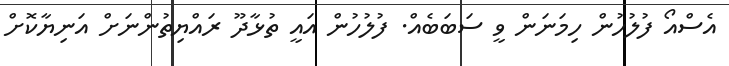
އެސްއޯ ފުލުހުން ހިމަނަން ވީ ސަބަބެއް. ފުލުހުން އައީ ތުޅާދޫ ރައްޔިތުންނަށް އަނިޔާކޮށް